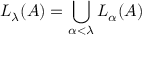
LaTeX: L _ { \lambda } ( A ) = \bigcup _ { \alpha < \lambda } L _ { \alpha } ( A )